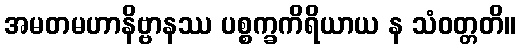
အမတမဟာနိဗ္ဗာနဿ ပစ္စက္ခကိရိယာယ န သံဝတ္တတိ။